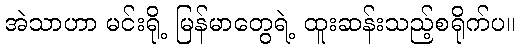
အဲသာဟာ မင်းရို့ မြန်မာတွေရဲ့ ထူးဆန်းသည့်စရိုက်ပ။